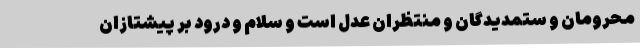
محرومان و ستمدیدگان و منتظران عدل است و سلام و درود ‌بر ‌پیشتازان